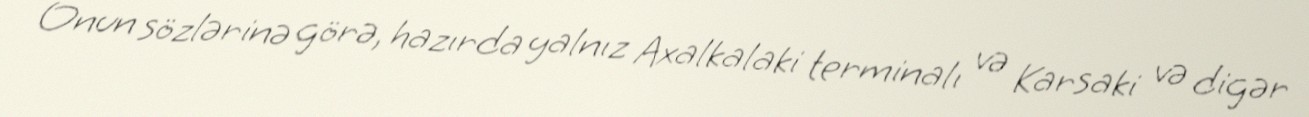
Onun sözlərinə görə, hazırda yalnız Axalkalaki terminalı və Karsaki və digər